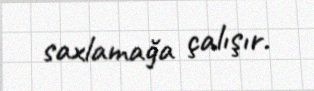
saxlamağa çalışır.